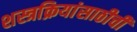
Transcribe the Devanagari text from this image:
शस्त्रक्रियांसाठीची